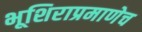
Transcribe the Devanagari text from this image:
भूशिराप्रमाणेच